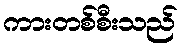
ကားတစ်စီးသည်